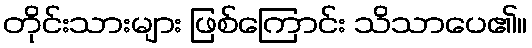
တိုင်းသားများ ဖြစ်ကြောင်း သိသာပေ၏။